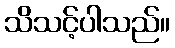
သိသင့်ပါသည်။